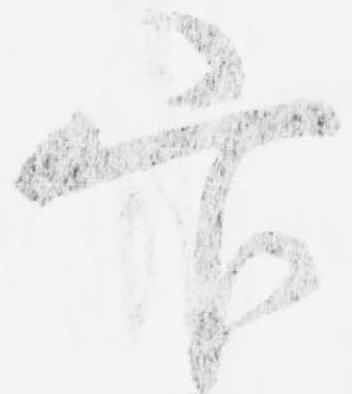
官